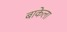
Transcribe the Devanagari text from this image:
बाकेला